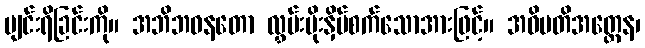
ပျင်းရိခြင်းကို။ အဘိဘဝနတော လွှမ်းမိုးနှိပ်စက်သောအားဖြင့်။ အဓိပတိအတ္ထေန၊